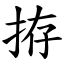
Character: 拵